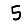
Digit: 5